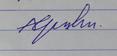
Signature authenticity: forged